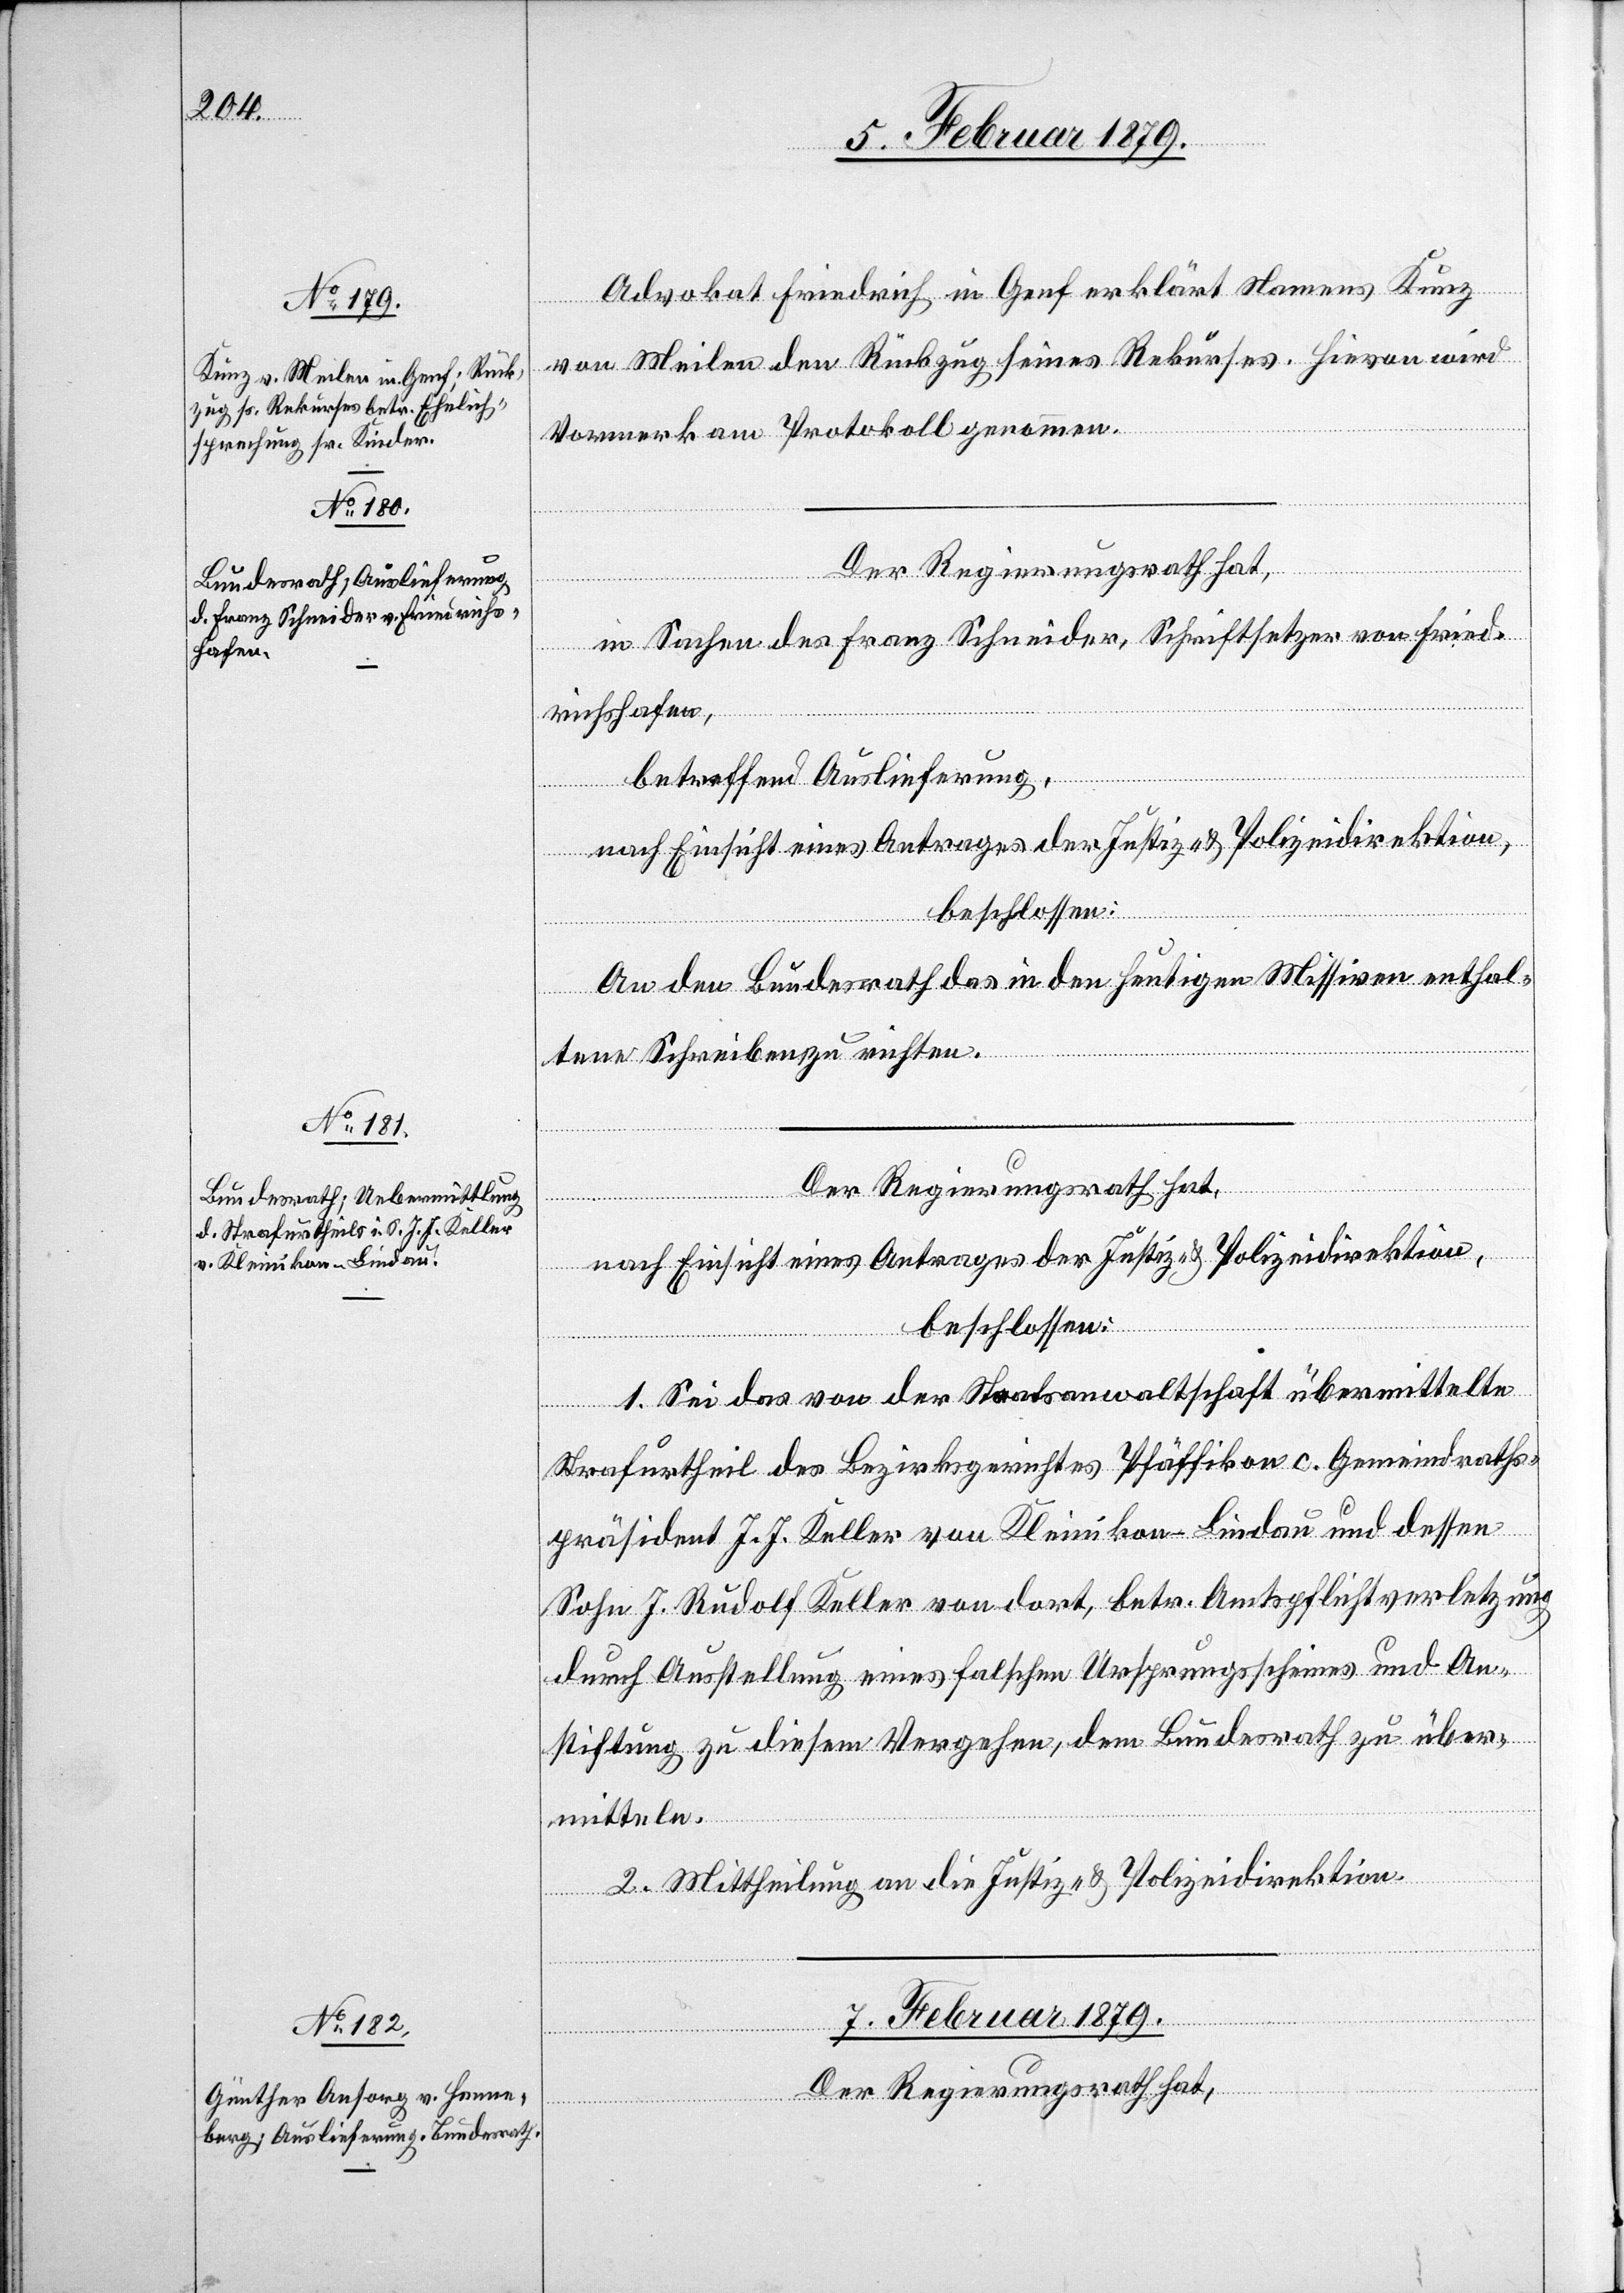
6. Februar 1879.]
Advokat Friedrich in Genf erklärt Namens Kunz
von Meilen den Rückzug seines Rekurses. Hievon wird
Vormerk am Protokoll genommen.
Der Regierungsrath hat,
in Sachen des Franz Schneider, Schriftsetzer von Fried¬
richshafen,
betreffend Auslieferung,
nach Einsicht eines Antrages der Justiz- & Polizeidirektion,
beschlossen:
An den Bundesrath das in den heutigen Missiven enthal¬
tene Schreiben zu richten.
nach Einsicht eines Antrages der Justiz- & Polizeidirektion,
beschlossen:
1. Sei das von der Staatsanwaltschaft übermittelte
Strafurtheil des Bezirksgerichtes Pfäffikon c. Gemeindraths¬
präsident J. J. Keller von Kleinikon - Lindau und dessen
Sohn J. Rudolf Keller von dort, betr. Amtspflichtverletzung
durch Ausstellung eines falschen Ursprungsscheines und An¬
stiftung zu diesem Vergehen, dem Bundesrath zu über¬
mitteln.
2. Mittheilung an die Justiz- & Polizeidirektion.
7. Februar 1879.
Der Regierungsrath hat,